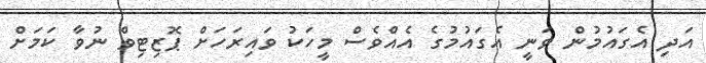
އަދި އެގައުމުން ވަނީ އެގައުމުގެ އެއްވެސް މީހަކު ވައިރަހަށް ޕޮޒިޓިވް ނުވާ ކަމަށް